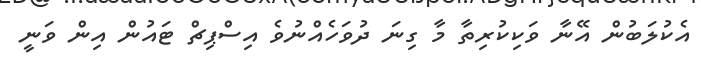
އެކުލަބުން އޭނާ ވަކިކުރިތާ މާ ގިނަ ދުވަހެއްނުވެ އިސްޕިޗް ޓައުން އިން ވަނީ